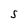
Character: S